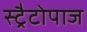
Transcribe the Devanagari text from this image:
स्ट्रैटोपाज